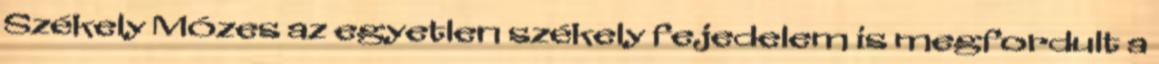
Székely Mózes az egyetlen székely fejedelem is megfordult a